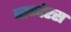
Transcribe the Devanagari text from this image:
बान्देरस